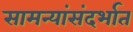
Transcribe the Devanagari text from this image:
सामन्यांसंदर्भात